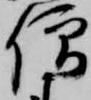
僧